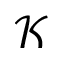
\mathcal { K }